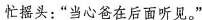
忙摇头：“当心爸在后面听见。”